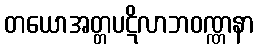
တယောအတ္တပဋိလာဘဝဏ္ဏနာ